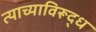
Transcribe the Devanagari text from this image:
त्याच्याविरूद्ध